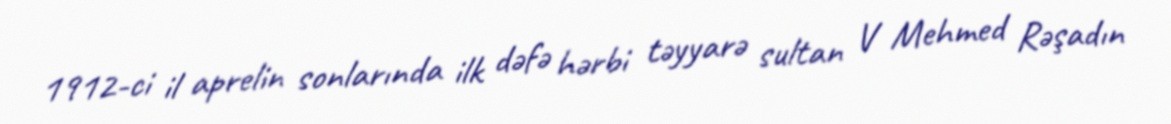
1912-ci il aprelin sonlarında ilk dəfə hərbi təyyarə sultan V Mehmed Rəşadın